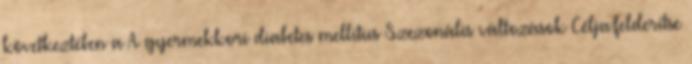
következtében a A gyermekkori diabetes mellitus Szezonális változások Célja:felderítse